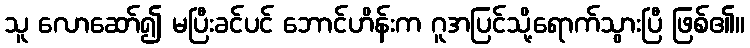
သူ လောဆော်၍ မပြီးခင်ပင် ဘောင်ဟိန်းက ဂူအပြင်သို့ရောက်သွားပြီ ဖြစ်၏။